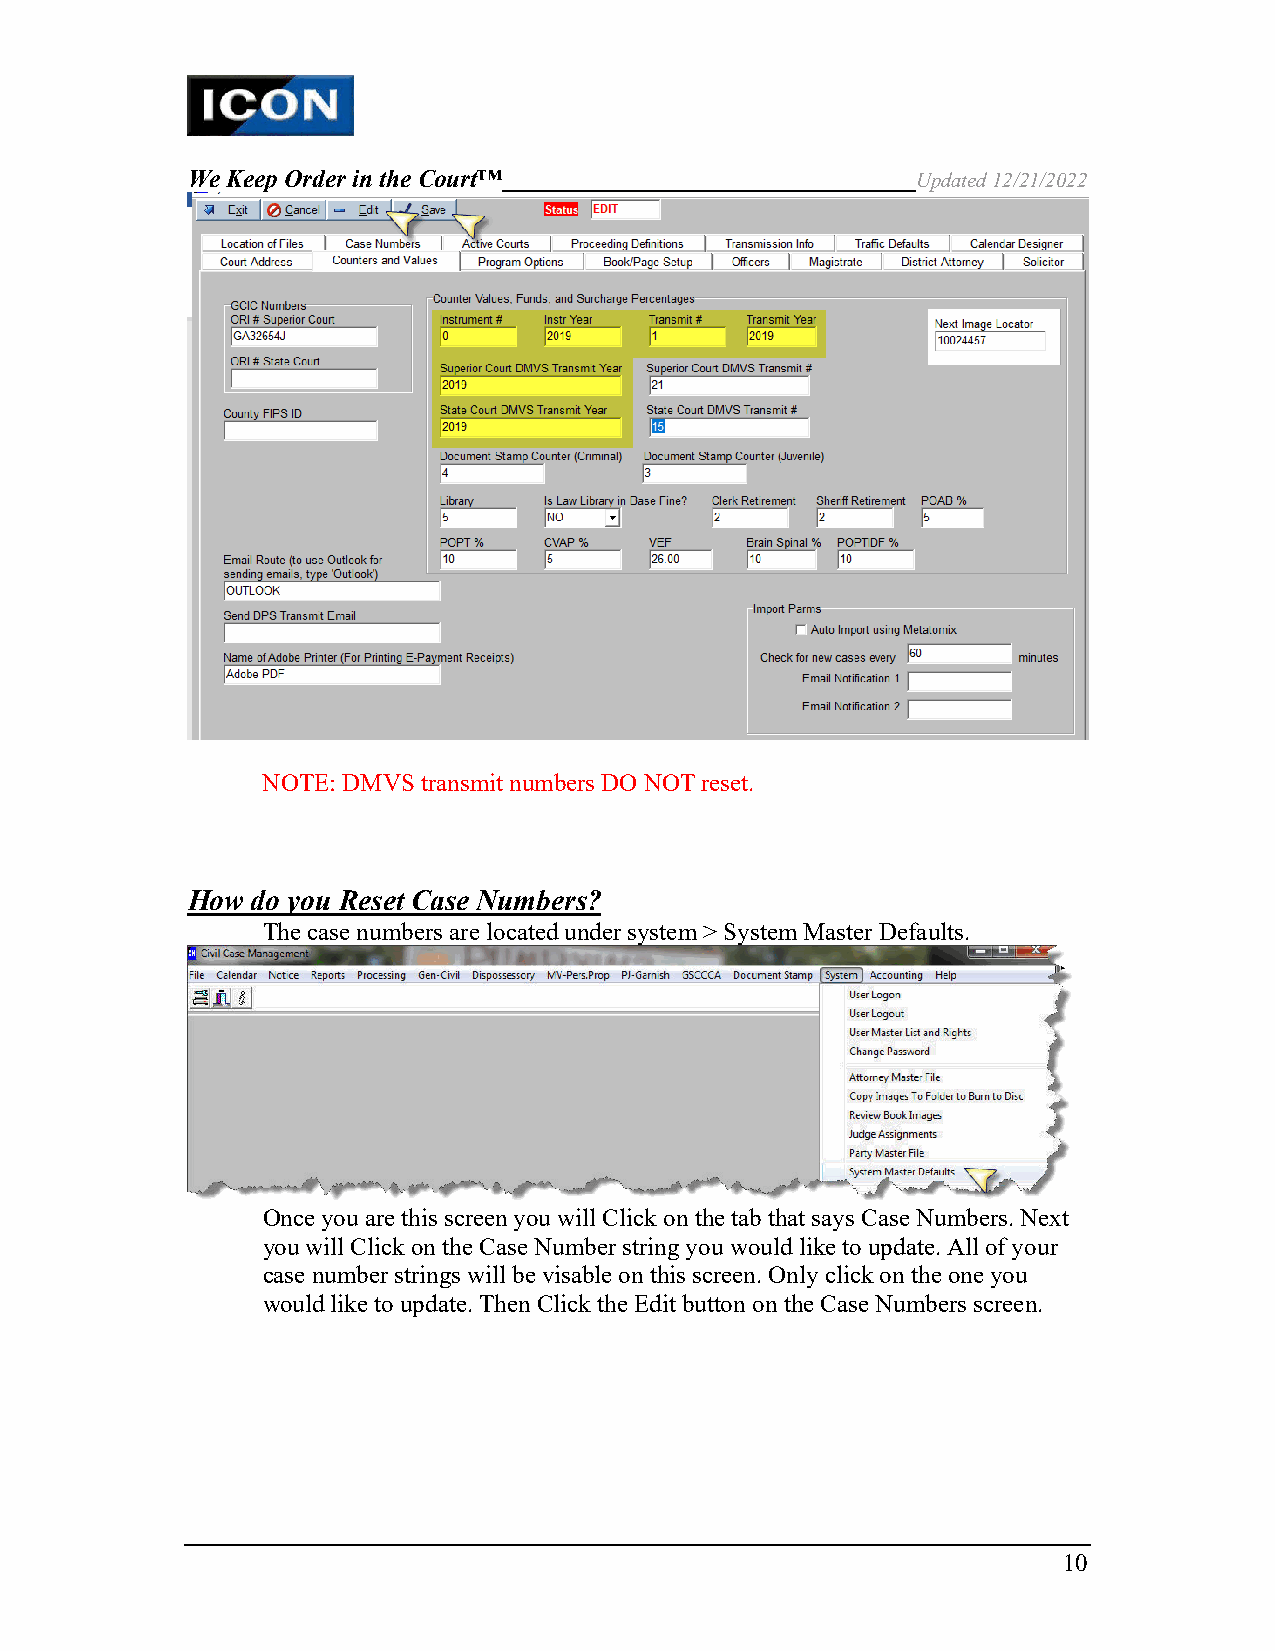
We Keep Order in the Court™                      Updated 12/21/2022
 NOTE: DMVS transmit numbers DO NOT reset.
 How  do you Reset Case Numbers?
 The case numbers are located under system > System Master Defaults.
 Once you are this screen you will Click on the tab that says Case Numbers. Next
 you will Click on the Case Number string you would like to update. All of your
 case number strings will be visable on this screen. Only click on the one you
 would like to update. Then Click the Edit button on the Case Numbers screen.
 10